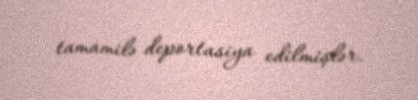
tamamilə deportasiya edilmişlər.